Problem: 14 + 6 = ?
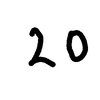
Handwritten answer: 20